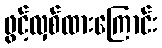
ဖွင့်လှစ်ထားကြောင်း